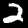
Label: 2